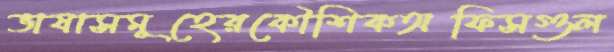
ভাষাসমূহেরকৌশিকঅফিসগুল